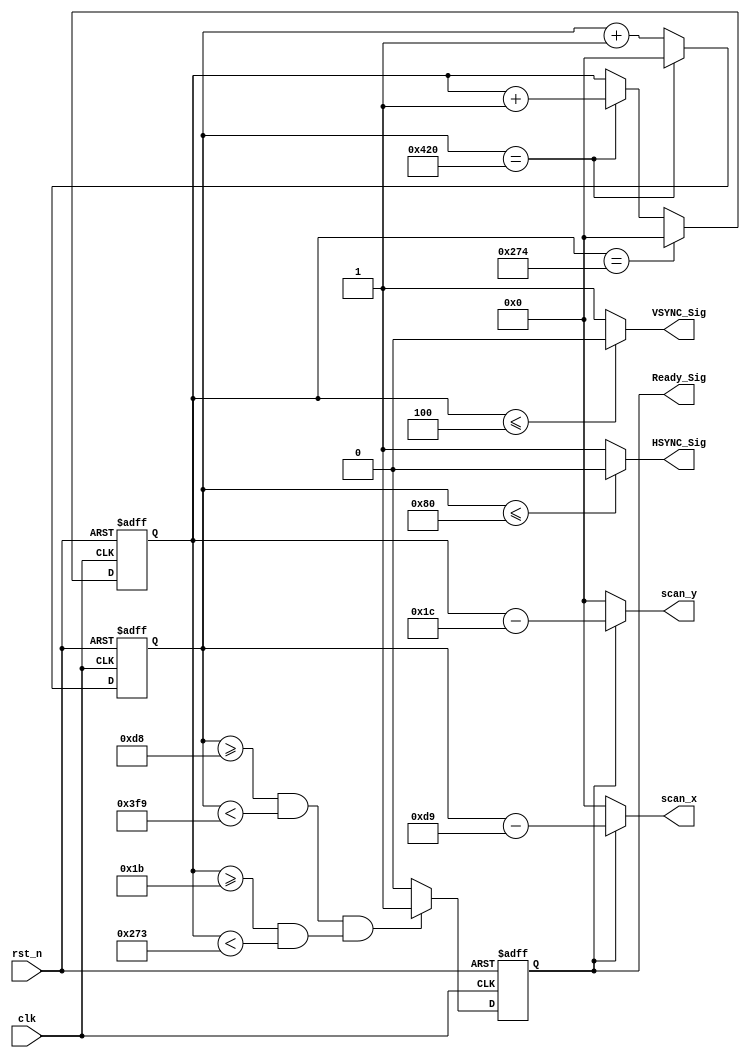
module snake_sync_module
(
     clk, rst_n,
	 VSYNC_Sig, HSYNC_Sig, Ready_Sig,
	 scan_x, scan_y
);

     input clk;
	 input rst_n;
	 output Ready_Sig;
	 output VSYNC_Sig;
	 output HSYNC_Sig;
	 output [10:0]scan_x;
	 output [10:0]scan_y;
	 
	 /********************************/
	 
	 reg [10:0]Count_H;

	 always @ ( posedge clk or negedge rst_n )
	     if( !rst_n )
			Count_H <= 11'd0;
		 else if( Count_H == 11'd1056 )
			Count_H <= 11'd0;
		 else 
			Count_H <= Count_H + 1'b1;
    
	 /********************************/
	 
	 reg [10:0]Count_V;
		 
	 always @ ( posedge clk or negedge rst_n )
	     if( !rst_n )
		    Count_V <= 11'd0;
	     else if( Count_V == 11'd628 )
		    Count_V <= 11'd0;
	     else if( Count_H == 11'd1056 )
		    Count_V <= Count_V + 1'b1;
	
	 /********************************/
	 
	 reg isReady;
	 
	 always @ ( posedge clk or negedge rst_n )
	     if( !rst_n )
		    isReady <= 1'b0;
         else if( ( Count_H >= 11'd216 && Count_H < 11'd1017 ) && 
			        ( Count_V >= 11'd27 && Count_V < 11'd627 ) )
		    isReady <= 1'b1;
		 else
		    isReady <= 1'b0;
		    
	 /*********************************/
	 
	 assign VSYNC_Sig = ( Count_V <= 11'd4 ) ? 1'b0 : 1'b1;
	 assign HSYNC_Sig = ( Count_H <= 11'd128 ) ? 1'b0 : 1'b1;
	 assign Ready_Sig = isReady;	 
	 assign scan_x = isReady ? (Count_H-11'd217) : 11'd0;
	 assign scan_y = isReady ? (Count_V-11'd28) : 11'd0;
endmodule